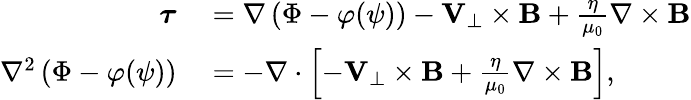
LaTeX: \begin{array}{rl}{\boldsymbol{\tau}}&{{}=\nabla\left(\Phi-\varphi(\psi)\right)-{\mathbf V}_{\perp}\times{\mathbf B}+\frac{\eta}{\mu_{0}}\nabla\times{\mathbf B}}\\ {\nabla^{2}\left(\Phi-\varphi(\psi)\right)}&{{}=-\nabla\cdot\left[-{\mathbf V}_{\perp}\times{\mathbf B}+\frac{\eta}{\mu_{0}}\nabla\times{\mathbf B}\right],}\end{array}